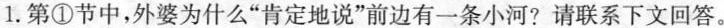
1. 第①节中，外婆为什么“肯定地说”前边有一条小河?请联系下文回答。